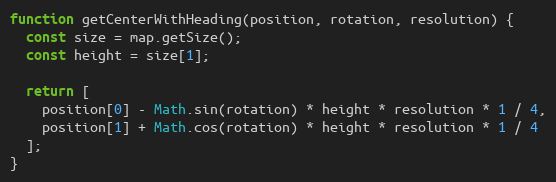
Language: JavaScript
function getCenterWithHeading(position, rotation, resolution) {
  const size = map.getSize();
  const height = size[1];

  return [
    position[0] - Math.sin(rotation) * height * resolution * 1 / 4,
    position[1] + Math.cos(rotation) * height * resolution * 1 / 4
  ];
}